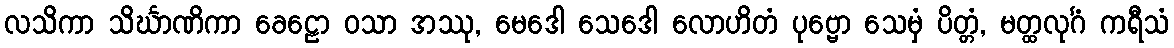
လသိကာ သိင်္ဃာဏိကာ ခေဠော ဝသာ အဿု, မေဒေါ သေဒေါ လောဟိတံ ပုဗ္ဗော သေမှံ ပိတ္တံ, မတ္ထလုင်္ဂံ ကရီသံ